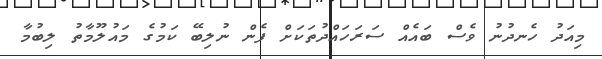
މިއަދު ހެނދުނު ވެސް ބައެއް ސަރަހައްދުތަކަށް ފެން ނުލިބޭ ކަމުގެ މައުލޫމާތު ލިބުމާ